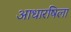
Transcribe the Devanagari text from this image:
आधारषिला